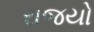
રાજયો